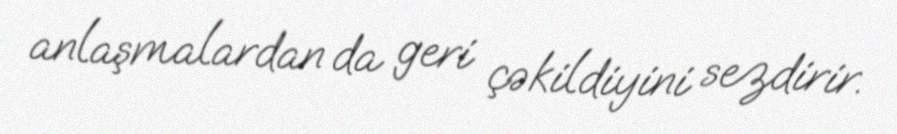
anlaşmalardan da geri çəkildiyini sezdirir.